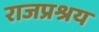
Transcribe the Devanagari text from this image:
राजप्रश्रय